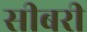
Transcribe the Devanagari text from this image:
सीबरी